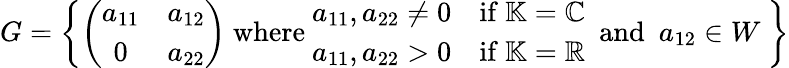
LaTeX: G=\left\{ \left(\begin{array}{cc}{a_{11}}&{a_{12}}\\ {0}&{a_{22}}\end{array}\right)\ \mathrm{where}\ \begin{array}{ll}{a_{11},a_{22}\neq 0}&{\mathrm{if}\ \mathbb{K}=\mathbb{C}}\\ {a_{11},a_{22}>0}&{\mathrm{if}\ \mathbb{K}=\mathbb{R}}\end{array}\ \ \mathrm{and}\ \ a_{12}\in W\ \right\}